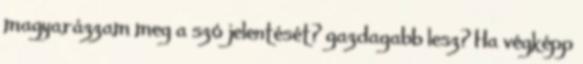
magyarázzam meg a szó jelentését? gazdagabb lesz? Ha végképp